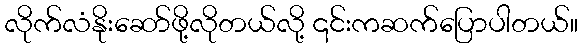
လိုက်လံနိုးဆော်ဖို့လိုတယ်လို့ ၎င်းကဆက်ပြောပါတယ်။